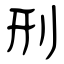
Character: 刑